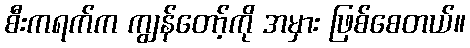
စီးကရက်က ကျွန်တော့်ကို အမှား ဖြစ်စေတယ်။